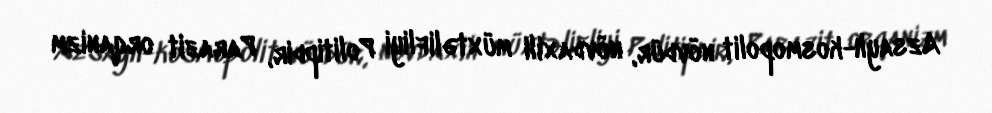
Azsaylı-kosmopolit növdür, növdaxili müxtəlifliyi Politipdir, Parazit orqanizm